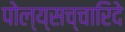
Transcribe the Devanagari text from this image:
पोल्य्सच्चारिदे